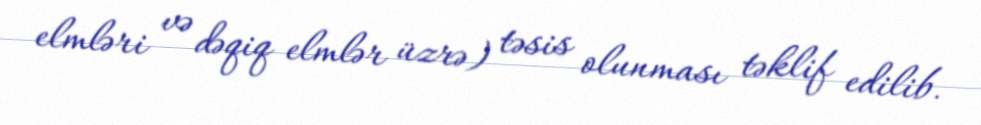
elmləri və dəqiq elmlər üzrə) təsis olunması təklif edilib.